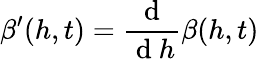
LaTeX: \beta^{\prime}(h,t)=\frac{\mathrm{~d~}}{\mathrm{~d~}h}\beta(h,t)